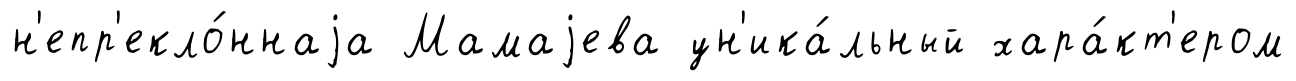
н'епр'екло́ннаjа Мамаjева ун'ика́льный хара́кт'ером